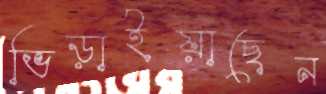
ভিড়াইয়াছেন